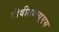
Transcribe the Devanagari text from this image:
टीवीडब्ल्यूएस